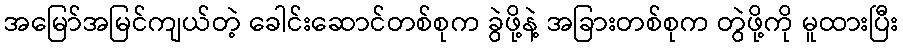
အမြော်အမြင်ကျယ်တဲ့ ခေါင်းဆောင်တစ်စုက ခွဲဖို့နဲ့ အခြားတစ်စုက တွဲဖို့ကို မူထားပြီး